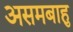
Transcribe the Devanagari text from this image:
असमबाहु